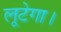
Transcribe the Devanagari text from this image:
लूटेगा।